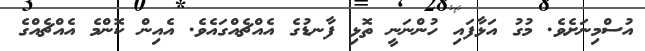
އުސްމިނަށެވެ. މުގު އަޅާފައި ހުންނަނީ ތޮޅި ފާނޑުގެ އެއްޗެއްގައެވެ. އެއިން ކޮންމެ އެއްޗެއްގެ